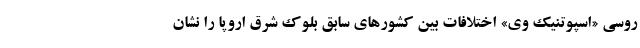
روسی «اسپوتنیک وی» اختلافات بین کشورهای سابق بلوک شرق اروپا را نشان